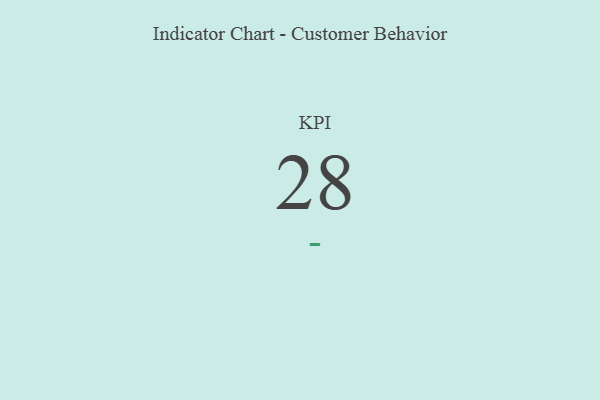
{"axis": {"x": "KPI", "y": "Value"}, "legend": [""], "data": [{"x": "KPI", "y": 28, "type": ""}]}